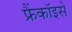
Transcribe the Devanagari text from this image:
फ्रैंकॉइसे